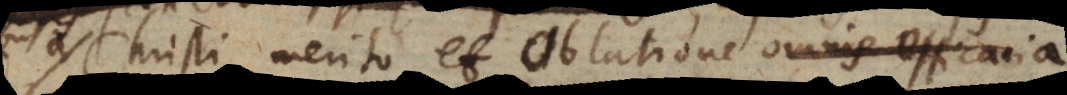
Christi merito et oblatione omnis efficacia